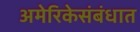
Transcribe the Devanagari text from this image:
अमेरिकेसंबंधात